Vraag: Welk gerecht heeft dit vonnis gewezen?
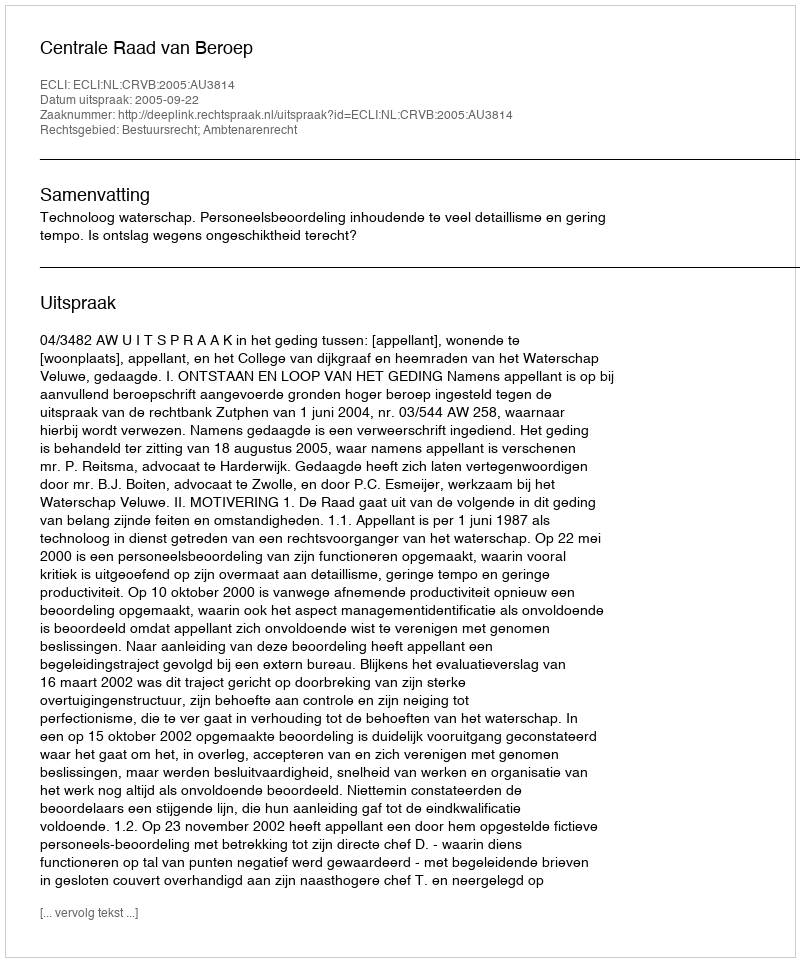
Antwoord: Centrale Raad van Beroep